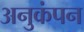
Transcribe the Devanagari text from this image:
अनुकंपन